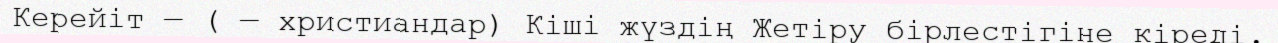
Керейіт — ( — христиандар) Кіші жүздің Жетіру бірлестігіне кіреді.